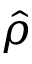
\hat { \rho }